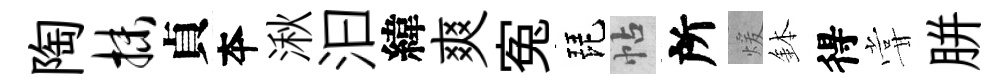
陶抹貞夲湫汩緯爽寃琵帖所煖鉢得甞胼